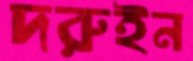
দরুইন